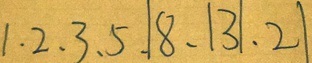
1 \cdot 2 、 3 、 5 、 \vert 8 、 \vert 3 \vert 、 2 \vert